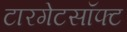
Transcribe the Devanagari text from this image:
टारगेटसॉफ्ट